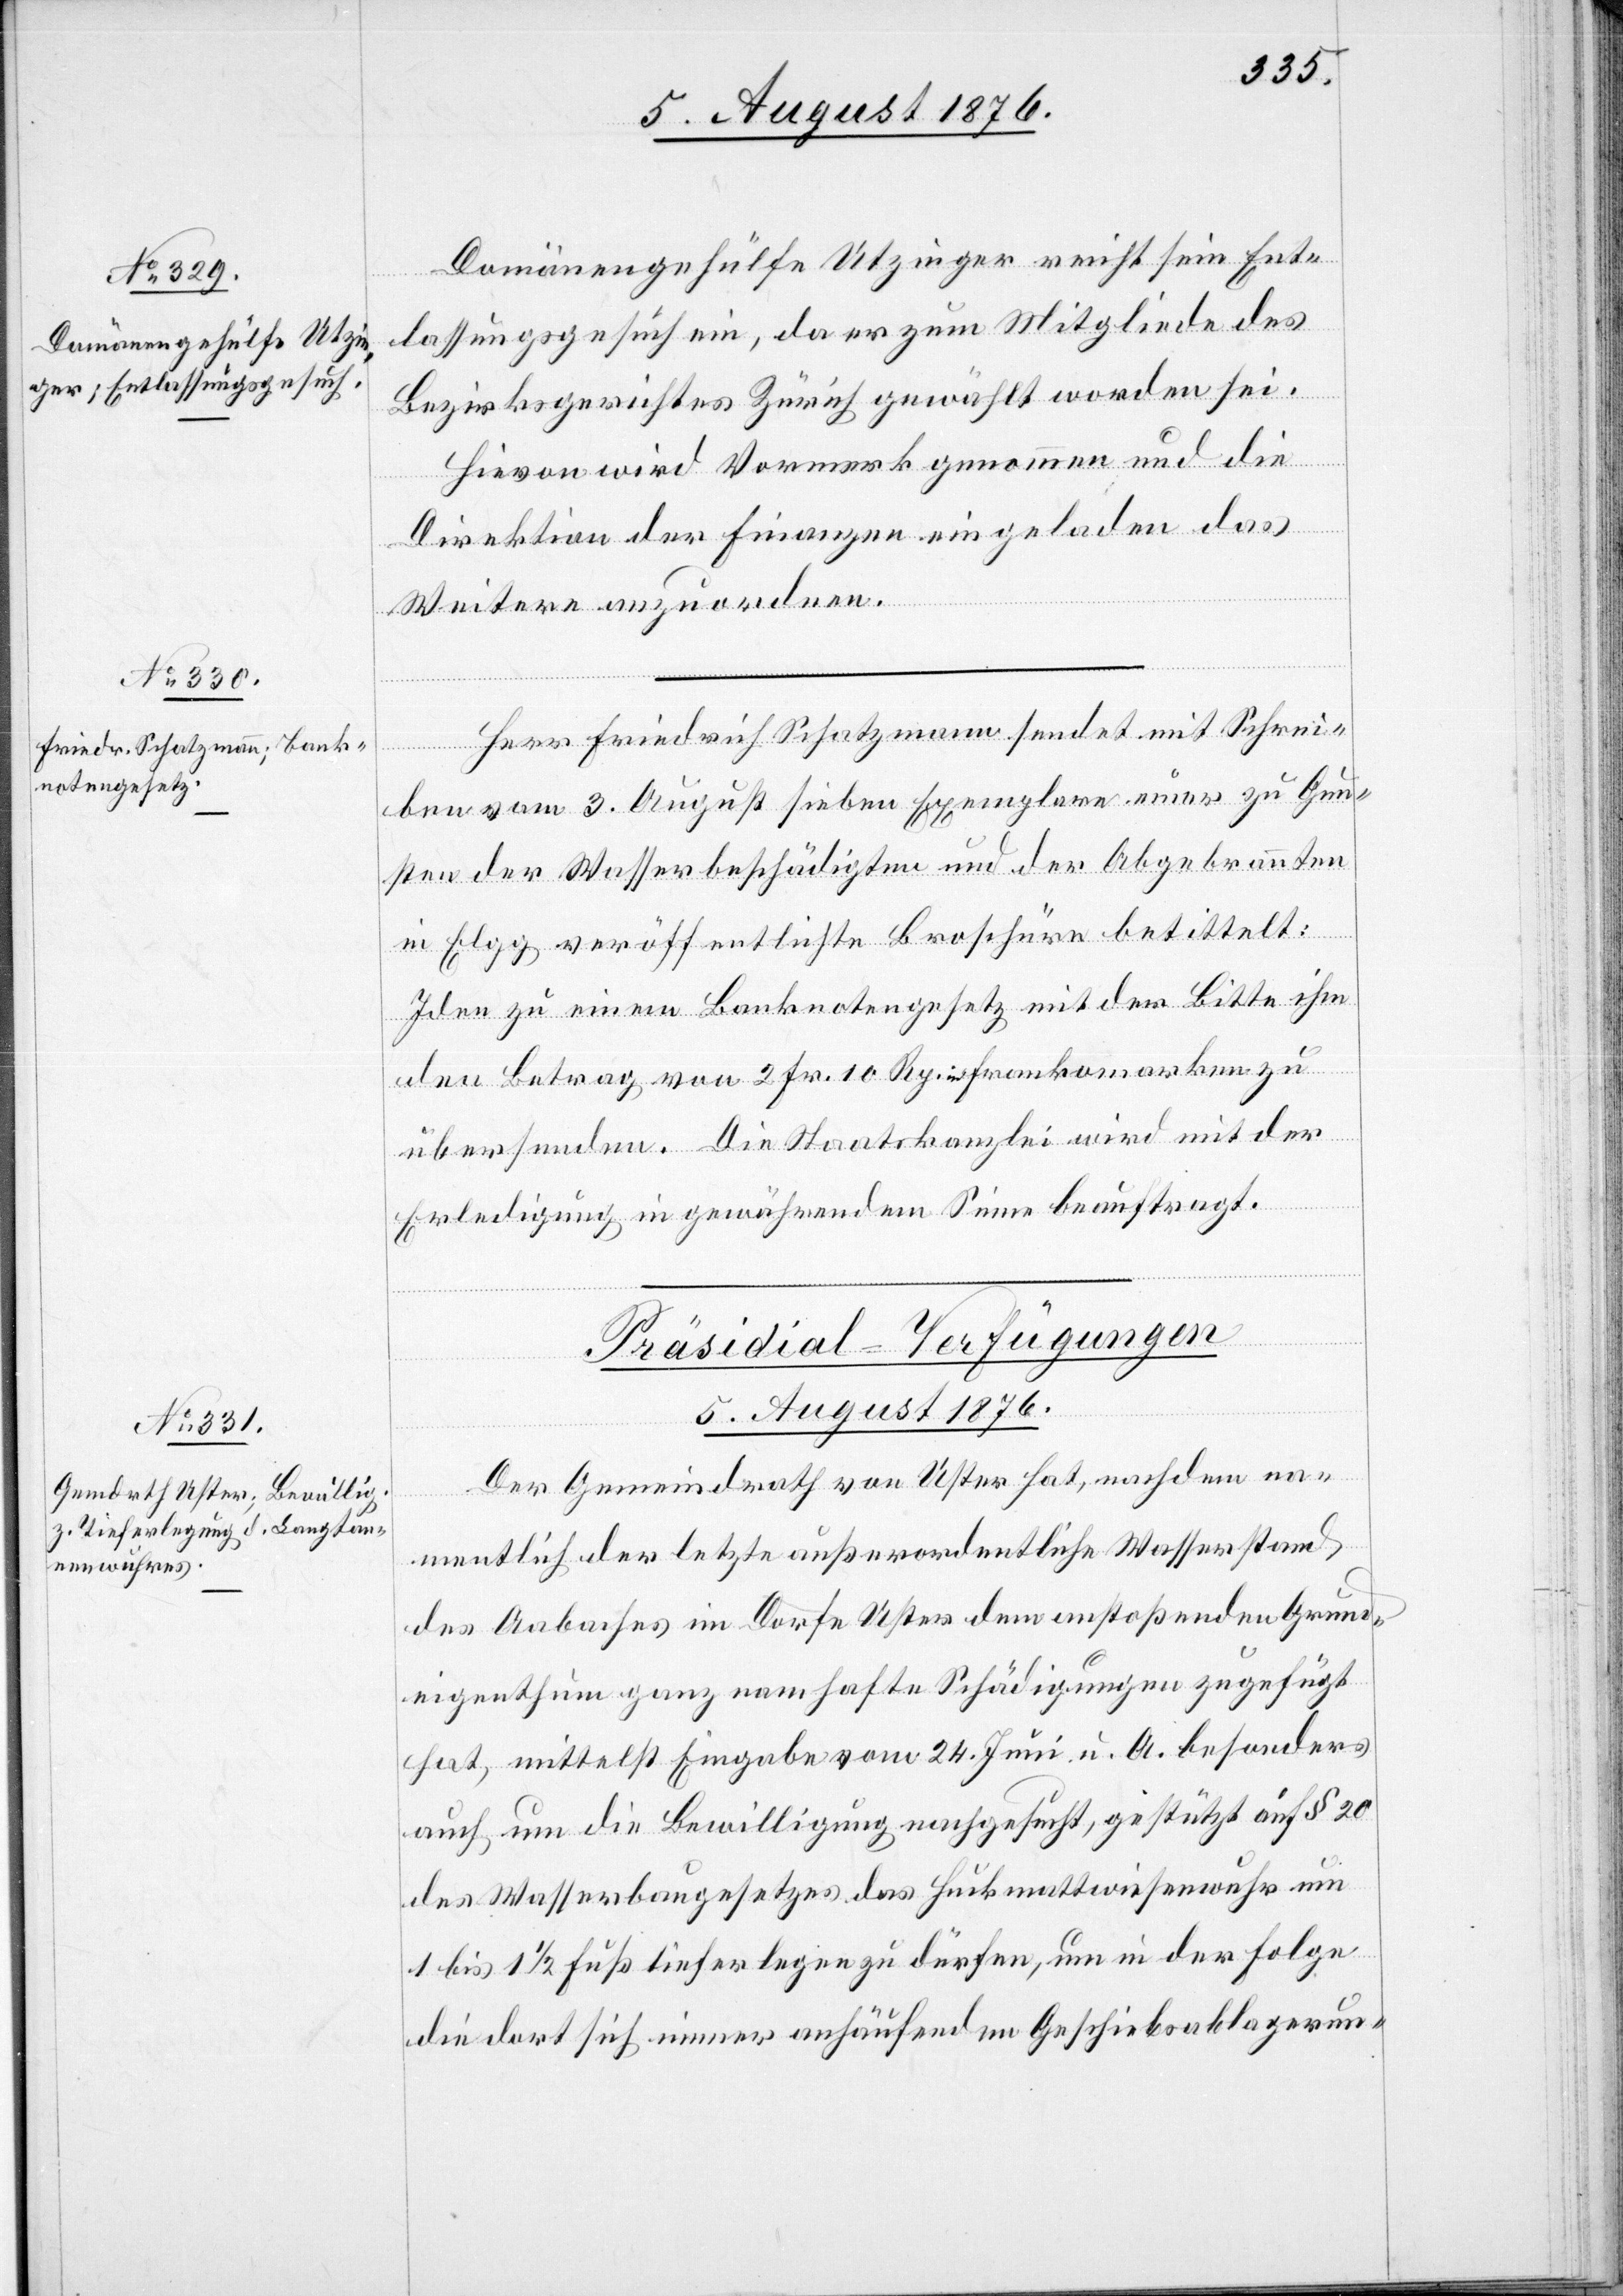
Domänengehülfe Utzinger reicht sein Ent¬
lassungsgesuch ein, da er zum Mitgliede des
Bezirksgerichtes Zürich gewählt worden sei.
Hievon wird Vormerk genommen und die
Direktion der Finanzen eingeladen das
Weitere anzuordnen.
Herr Friedrich Schatzmann sendet mit Schrie¬
ben vom 3. August sieben Exemplare einer zu Gun¬
sten der Wasserbeschädigten und der Abgebrannten
in Elgg veröffentlichte Broschüre betittelt:
Idee zu einem Banknotengesetz mit der Bitte ihm
den Betrag von 2 Fr. 10 Rp. in Frankomarken zu
übersenden. Die Staatskanzlei wird mit der
Erledigung in gewährendem Sinne beauftragt.
Präsidial-Verfügungen
5. August 1876.
Der Gemeindrath von Uster hat, nachdem na¬
mentlich der letzte außerordentliche Wasserstand
des Aabaches im Dorfe Uster dem anstoßenden Grund¬
eigenthum ganz nahmhafte Schädigungen zugefügt
hat, mittelst Eingabe vom 24. Juni u. A. besonders
auch um die Bewilligung nachgesucht, gestützt auf § 20
des Wasserbaugesetzes das Huckmattwiesenwuhr um
1 bis 1 1/2 Fuß tiefer legen zu dürfen, um in der Folge
die dort sich immer anhäufenden Geschiebsablagerun-